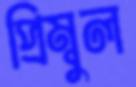
প্রিম্বুল